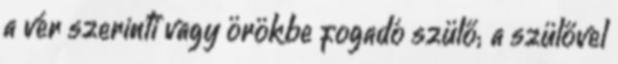
a vér szerinti vagy örökbe fogadó szülő; a szülővel